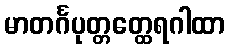
မာတင်္ဂပုတ္တတ္ထေရဂါထာ